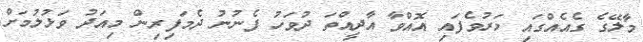
މާލޭގެ ގެއެއްގައި މަރުވެފައި އޮއްވާ އާދީއްތަ ދުވަހު ފެނުނު ދެމަފިރިން މިއަދު ވަޅުލުމަށް